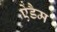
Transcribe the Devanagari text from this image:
ऐडैम